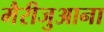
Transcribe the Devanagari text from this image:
मैरीजुआना